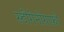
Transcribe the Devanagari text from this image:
स्टीगेनोग्राफ़ी